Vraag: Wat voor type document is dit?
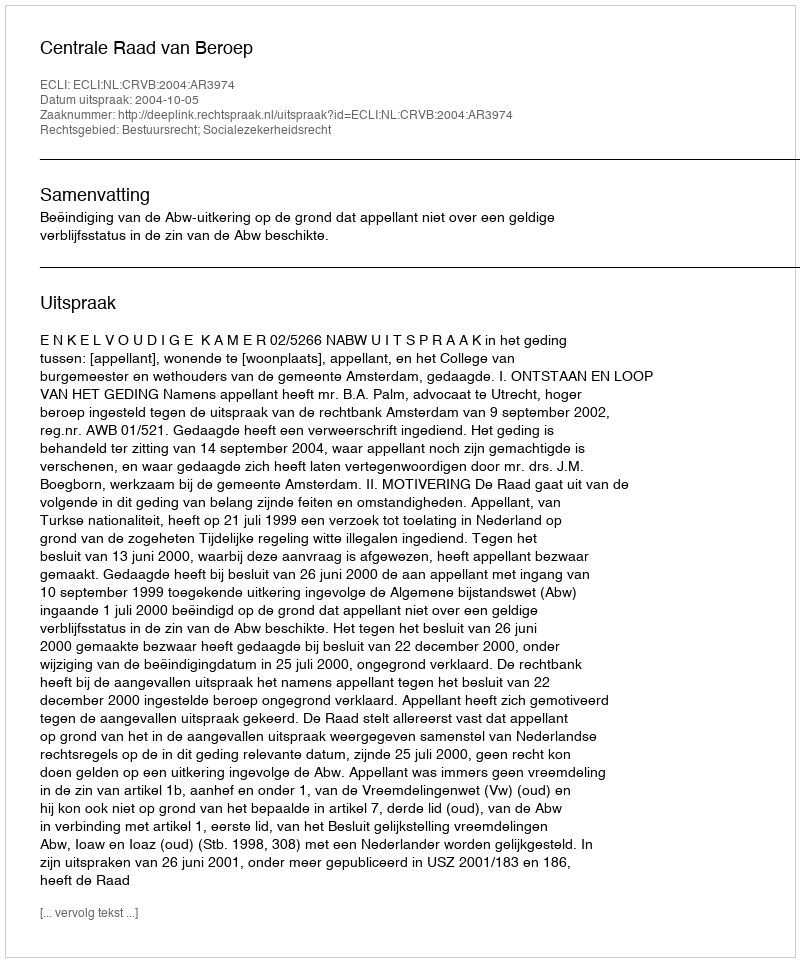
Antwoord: Uitspraak